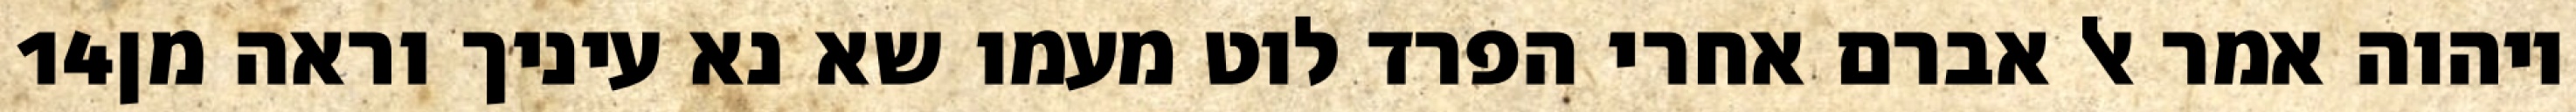
‎14‏ ויהוה אמר אל אברם אחרי הפרד לוט מעמו שא נא עיניך וראה מן